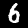
Label: 6